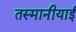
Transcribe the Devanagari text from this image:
तस्मानीयाई